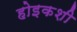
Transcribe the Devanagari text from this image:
होइकशी